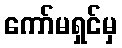
ကော်မရှင်မှ